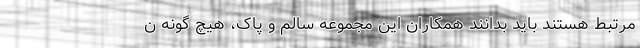
مرتبط هستند باید بدانند همکاران این مجموعه سالم و پاک، هیچ گونه ن